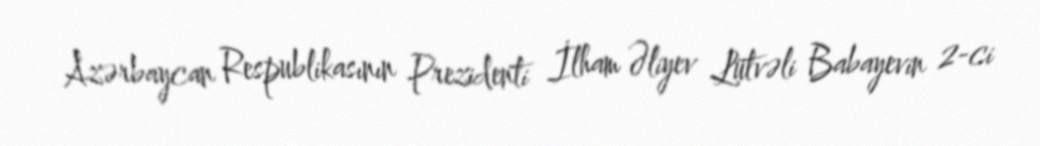
Azərbaycan Respublikasının Prezidenti İlham Əliyev Lütvəli Babayevin 2-ci